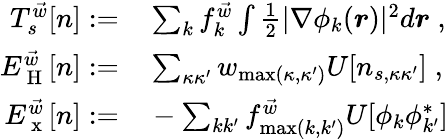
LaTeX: \begin{array}{rl}{T_{s}^{\vec{w}}[n]:=}&{{}\sum_{k}f_{k}^{\vec{w}}\int\frac{1}{2}|\nabla\phi_{k}(\boldsymbol{r})|^{2}d\boldsymbol{r}\; ,}\\ {E_{\mathrm{~H~}}^{\vec{w}}[n]:=}&{{}\sum_{\kappa\kappa^{\prime}}w_{\operatorname*{max}(\kappa,\kappa^{\prime})}U[n_{s,\kappa\kappa^{\prime}}]\; ,}\\ {E_{\mathrm{~x~}}^{\vec{w}}[n]:=}&{{}-\sum_{kk^{\prime}}f_{\operatorname*{max}(k,k^{\prime})}^{\vec{w}}U[\phi_{k}\phi_{k^{\prime}}^{*}]}\end{array}